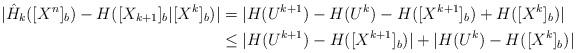
LaTeX: \begin{align*}|\hat{H}_k([X^n]_b)-H([X_{k+1}]_b|[X^k]_b)|&=|H(U^{k+1})-H(U^k)-H([X^{k+1}]_b)+H([X^k]_b)|\\&\leq |H(U^{k+1})-H([X^{k+1}]_b)|+|H(U^k)-H([X^k]_b)|\end{align*}